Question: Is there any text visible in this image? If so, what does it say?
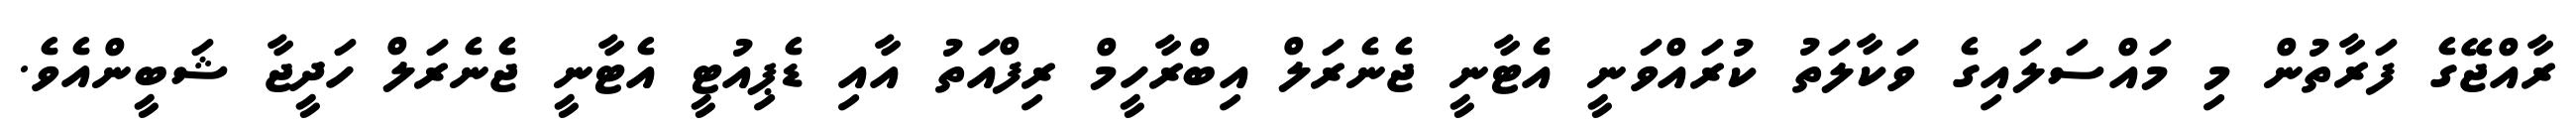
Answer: ރާއްޖޭގެ ފަރާތުން މި މައްސަލައިގެ ވަކާލަތު ކުރައްވަނީ އެޓާނީ ޖެނެރަލް އިބްރާހީމް ރިފްއަތު އާއި ޑެޕިއުޓީ އެޓާނީ ޖެނެރަލް ހަދީޖާ ޝަބީންއެވެ.